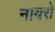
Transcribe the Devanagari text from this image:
नायरो